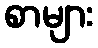
စာများ